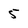
Character: 5